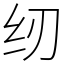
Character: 纫